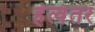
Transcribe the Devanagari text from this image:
हेत्वंतर